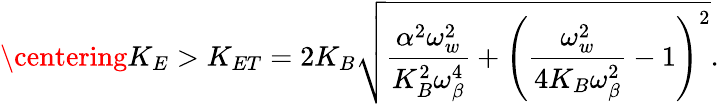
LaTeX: \centering K_{E}>K_{ET}=2K_{B}\sqrt{\frac{\alpha^{2}\omega_{w}^{2}}{K_{B}^{2}\omega_{\beta}^{4}}+\left(\frac{\omega_{w}^{2}}{4K_{B}\omega_{\beta}^{2}}-1\right)^{2}}\mathrm{.}